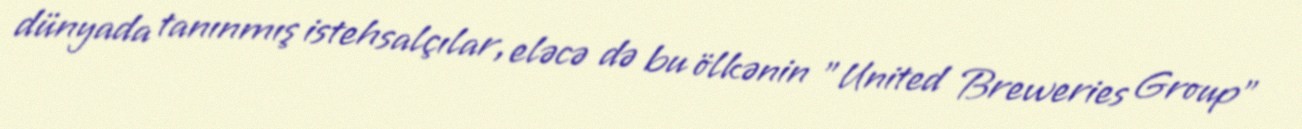
dünyada tanınmış istehsalçılar, eləcə də bu ölkənin "United Breweries Group"